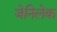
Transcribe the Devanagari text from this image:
जेनिलेक